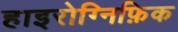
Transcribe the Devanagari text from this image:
हाइरोग्निफ़िक